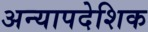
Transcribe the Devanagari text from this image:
अन्यापदेशिक